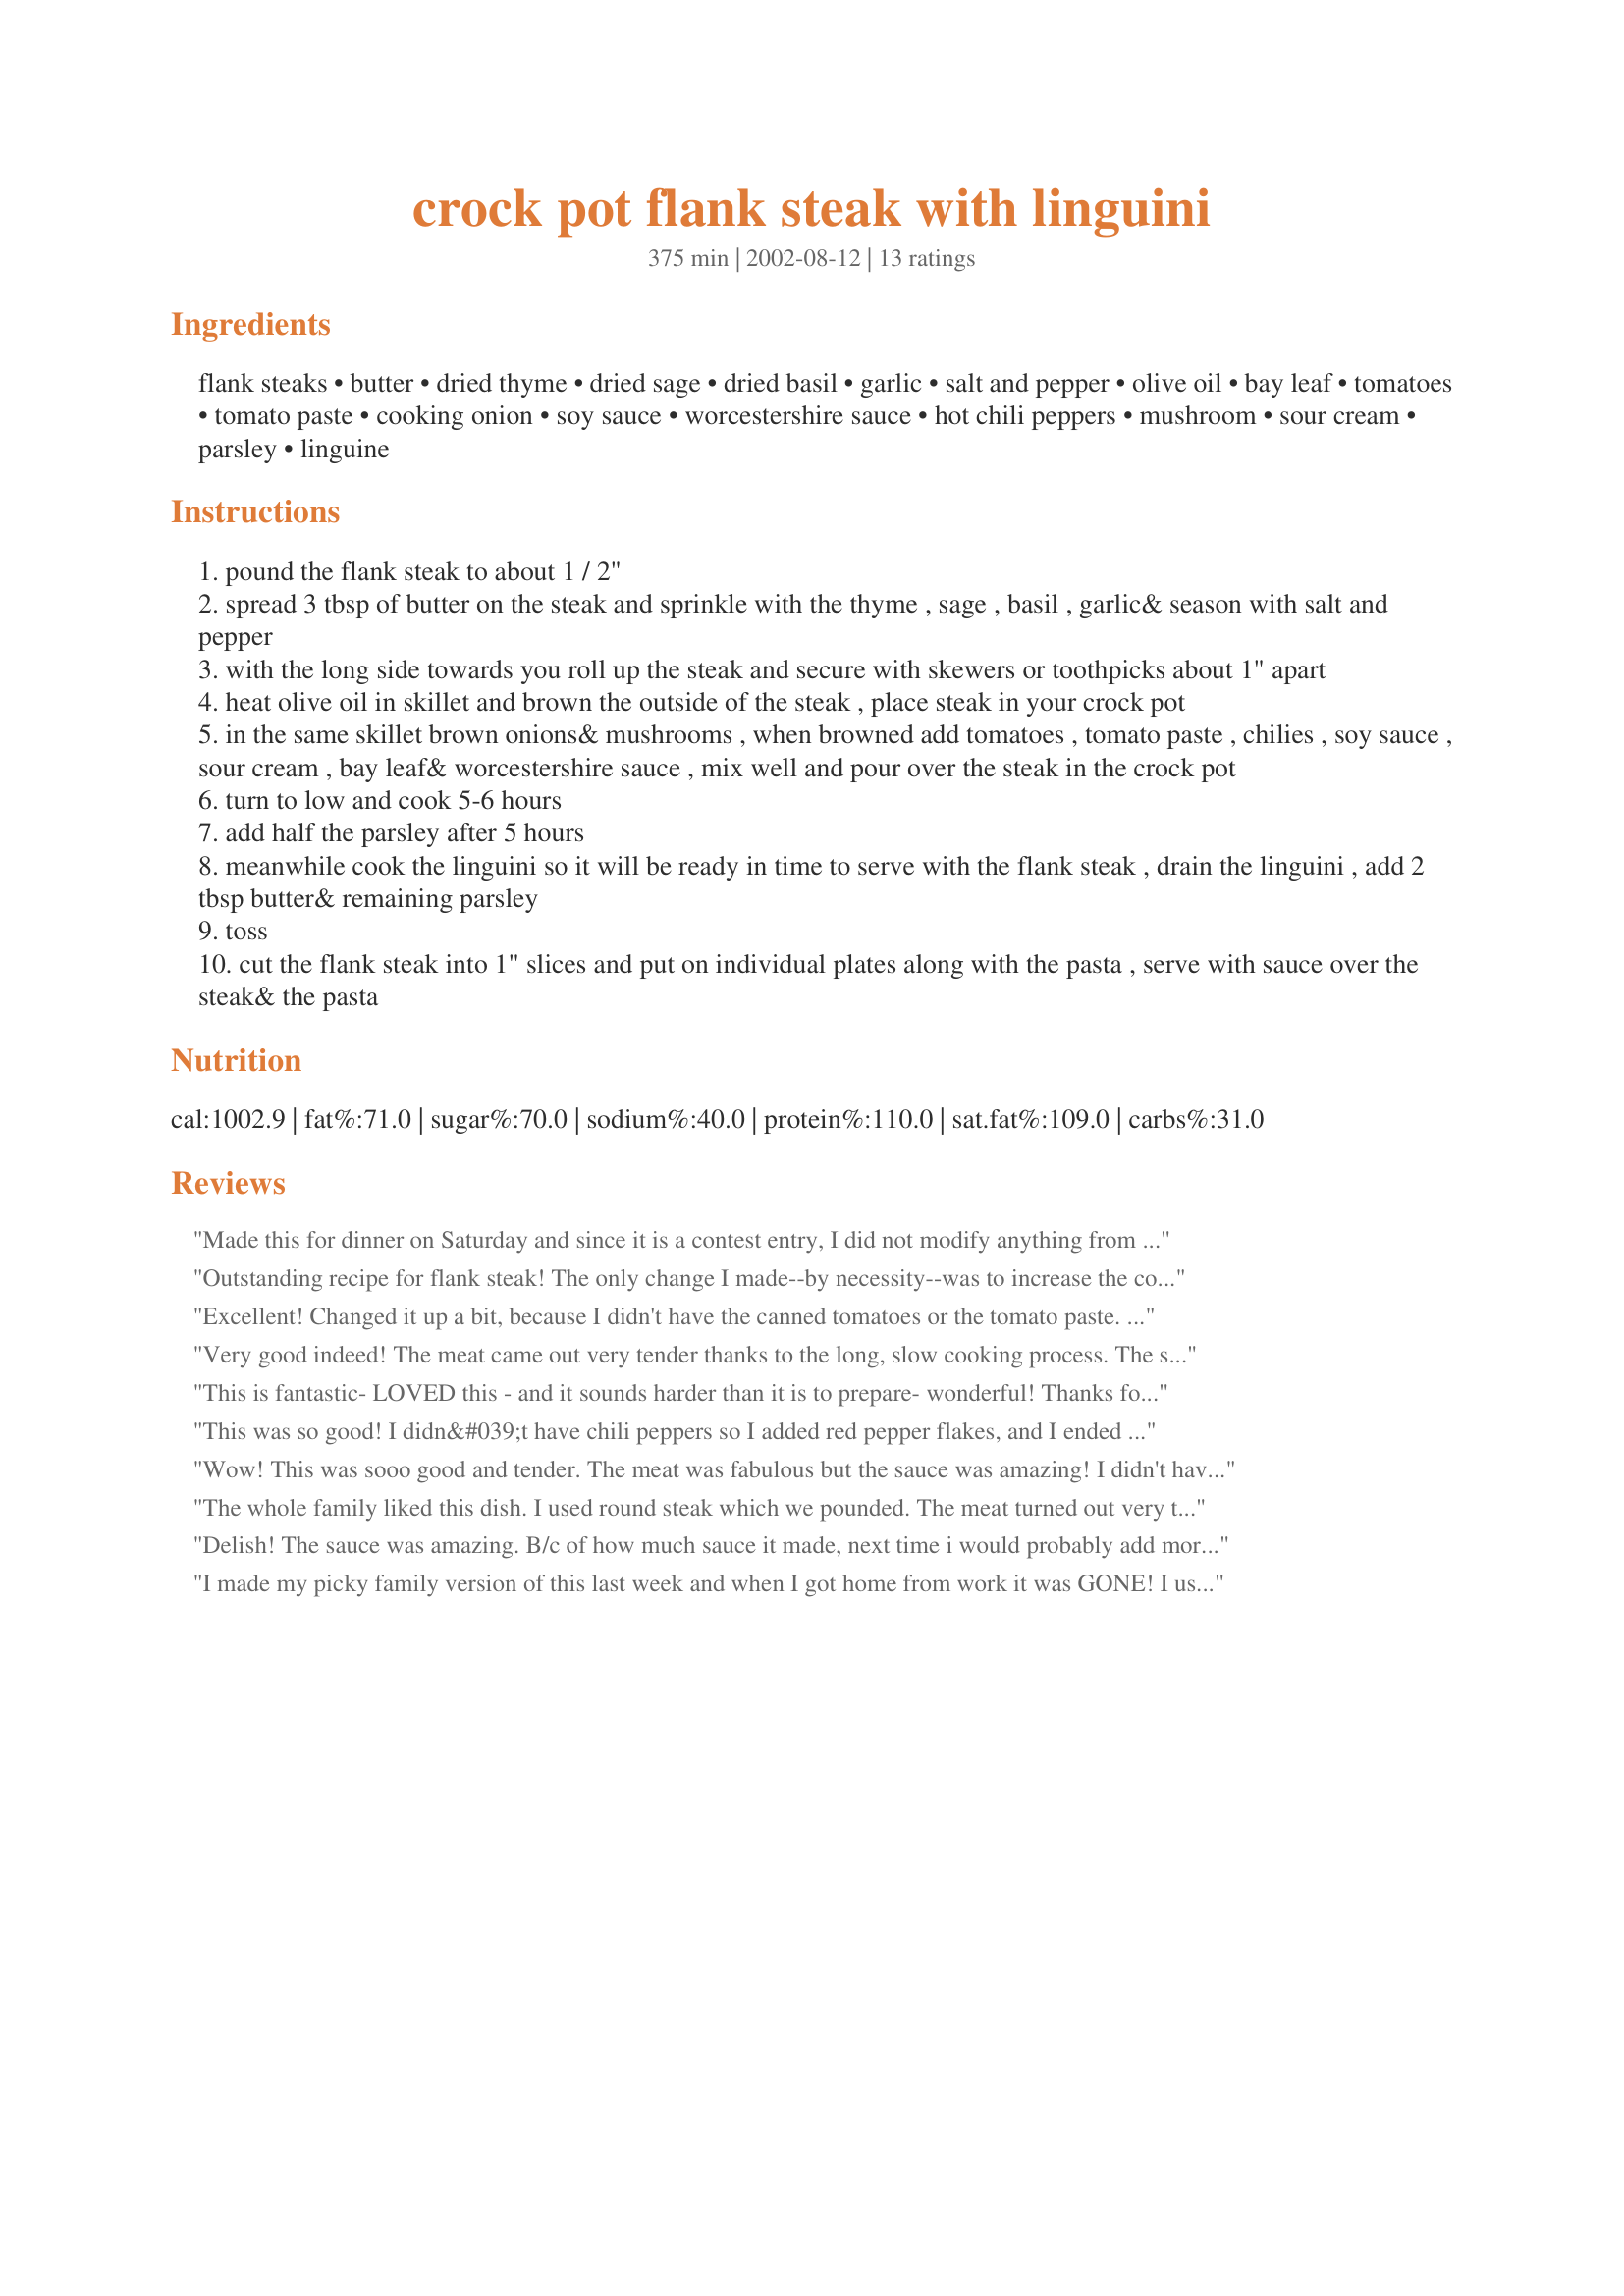
crock pot flank steak with linguini
Preparation time: 375 minutes

Ingredients:
flank steaks, butter, dried thyme, dried sage, dried basil, garlic, salt and pepper, olive oil, bay leaf, tomatoes, tomato paste, cooking onion, soy sauce, worcestershire sauce, hot chili peppers, mushroom, sour cream, parsley, linguine

Steps:
pound the flank steak to about 1 / 2"
spread 3 tbsp of butter on the steak and sprinkle with the thyme , sage , basil , garlic& season with salt and pepper
with the long side towards you roll up the steak and secure with skewers or toothpicks about 1" apart
heat olive oil in skillet and brown the outside of the steak , place steak in your crock pot
in the same skillet brown onions& mushrooms , when browned add tomatoes , tomato paste , chilies , soy sauce , sour cream , bay leaf& worcestershire sauce , mix well and pour over the steak in the crock pot
turn to low and cook 5-6 hours
add half the parsley after 5 hours
meanwhile cook the linguini so it will be ready in time to serve with the flank steak , drain the linguini , add 2 tbsp butter& remaining parsley
toss
cut the flank steak into 1" slices and put on individual plates along with the pasta , serve with sauce over the steak& the pasta

Reviews:
Made this for dinner on Saturday and since it is a contest entry, I did not modify anything from the recipe. The steak was very tender. The crossed cut rolled up steak made good presentation. I also like the freshly chopped Italian parsley in the Liguini, however, next time I would replace the butter with olive oil (personal choice). This recipe made plenty of sauce, I can make another meal out of the leftover. My mom thought the sauce needed to be thicken a bit. Overall, it was a good recipe. Thank you and good luck in the contest.
Outstanding recipe for flank steak! The only change I made--by necessity--was to increase the cooking time to about 10 hours. It didn't seem to adversely affect the recipe at all: the meat was incredibly flavourful, tender, and lovely to look at when sliced. I thickened the sauce with a bit of cornstarch/water and served all with egg noodles (I'm thinking the leftover sauce will make a perfect soup base). Fantastic mid-week meal, but would also be ideal for company! Thanks so much for posting it.
Excellent! Changed it up a bit, because I didn't have the canned tomatoes or the tomato paste. I just used about 1 cup of tomato sauce. I think this helped keep the sauce thick. I also didn't have chili peppers so I just added cayenne pepper instead and it was amazing. The steak was SO TENDER!! Husband loved it! I will definitely make it again.
Very good indeed! The meat came out very tender thanks to the long, slow cooking process. The sauce was very flavorful and complimented the linguini nicely! I cut the chili peppers back to 2 since that was all I had bought (read the recipe wrong!) but they provided just the right amount of heat! Good luck with this recipe in the contest!
This is fantastic- LOVED this - and it sounds harder than it is to prepare- wonderful! Thanks for sharing!
This was so good! I didn&#039;t have chili peppers so I added red pepper flakes, and I ended up using dried parsley and omitting it from the pasta, but this was a hit! next time I am picking up some crusty bread to soak up that amazing sauce.
Wow! This was sooo good and tender. The meat was fabulous but the sauce was amazing! I didn't have chili peppers so I used red pepper flakes, and I didn't have tomato paste so I drained the can of diced tomatoes and added tomato sauce. The sauce was thin but delicious. To lighten it up a bit, I used only 1 Tbsp of butter, 1.5 Tbsp of oil, light sour cream and no butter on the linguine. Next time I won't use butter - to further lighten it up - and I will double the amount of mushrooms. Also, I think I can get away with using only 1 Tbsp of oil for the meat and veggies.
The whole family liked this dish. I used round steak which we pounded. The meat turned out very tender. The rest of the family have tender mouths, so I did not use the 3 chili peppers I did use a couple of rings of dried chili peppers. I feel the recipe definite would be enhanced by the chilis. I will make again using the chilis. If it is to spicy for the rest of them, the more for me. Thanks Bergy.
Delish! The sauce was amazing. B/c of how much sauce it made, next time i would probably add more meat. For day 1, we served it with rice and for day 2 we used the sauce as a delicious marinara sauce. yum! Definately a keeper.
I made my picky family version of this last week and when I got home from work it was GONE! I used italian season blend, rubbed oil and seared the meat. Threw it in crock pot rolled up and put everything but the mushrooms. I added hot pepper flakes instead of peppers. I was skeptical that they would even try it because they are not fans of "RED" sauces but my husband said it was a winner!! Thanks for posting an easy and different slow cooker recipe!!
This recipe is very good. I mixed the garlic in with the butter then spreaded it on the meat and sprinkled the seasonings on. That is the only change I did. I had everything on hand in my kitchen. Oh it was just so very good. Thank You
Awesome! Awesome! Don't let this recipe scare in thinking it is difficult to prepare. This isn't the case. My 16 year old son made this for supper tonight and it received rave reviews. I couldn't believe how tender and flavorable the meat was and the sauce was fantastic over pasta. A true keeper. This recipe is so elegant that it would be great for when you have company. They will think you slaved over the meal. Thanks Bergy!
Wow what a great recipe! Just loved the sauce, though I just added a touch of red pepper flakes insted of the peppers as we do not like spicy food...it was perfect...will be making this for one of my family/friends Sunday dinners this winter.
